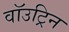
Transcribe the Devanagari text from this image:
वॉउट्रिन